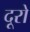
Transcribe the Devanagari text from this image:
दूरो